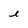
Character: i